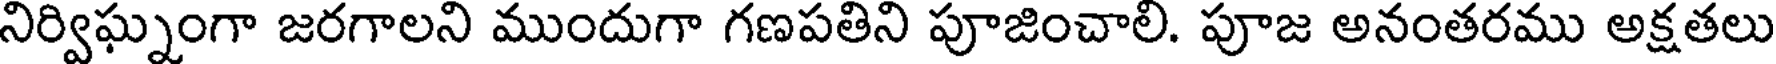
నిర్విఘ్నంగా జరగాలని ముందుగా గణపతిని పూజించాలి. పూజ అనంతరము అక్షతలు